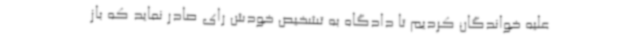
علیه خواندگان کردیم تا دادگاه به تشخیص خودش رای صادر نماید که باز